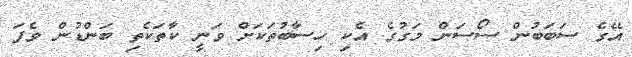
އޭގެ ސަބަބުން ސޯސަން މަގުގެ އެކި ހިސާބުތަކަށް ވަނީ ކާތަކެތި ބަންޑުން ވެފަ